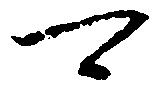
可